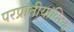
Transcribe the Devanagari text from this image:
परप्रांतीयांविरुद्ध